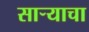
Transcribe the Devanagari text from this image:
साऱ्याचा